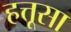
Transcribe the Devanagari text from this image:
हत्तूसा